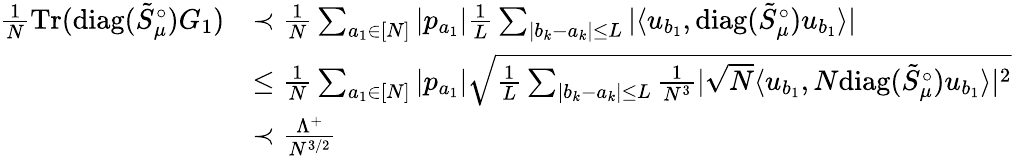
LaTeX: \begin{array}{rl}{\frac{1}{N}\mathrm{Tr}(\mathrm{diag}(\tilde{S}_{\mu}^{\circ})G_{1})}&{\prec\frac{1}{N}\sum_{a_{1}\in[N]}|p_{a_{1}}|\frac{1}{L}\sum_{|b_{k}-a_{k}|\le L}|\langle u_{b_{1}},\mathrm{diag}(\tilde{S}_{\mu}^{\circ})u_{b_{1}}\rangle|}\\ &{\le\frac{1}{N}\sum_{a_{1}\in[N]}|p_{a_{1}}|\sqrt{\frac{1}{L}\sum_{|b_{k}-a_{k}|\le L}\frac{1}{N^{3}}|\sqrt{N}\langle u_{b_{1}},N\mathrm{diag}(\tilde{S}_{\mu}^{\circ})u_{b_{1}}\rangle|^{2}}}\\ &{\prec\frac{\Lambda^{+}}{N^{3/2}}}\end{array}